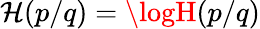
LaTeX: \mathcal{H}(p/q)=\logH(p/q)